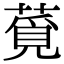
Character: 𦸡